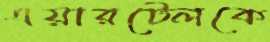
এয়ারটেলকে